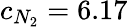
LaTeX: c_{N_{2}}=6.17\